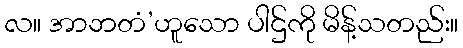
လ။ အာဘတံ’ဟူသော ပါဌ်ကို မိန့်သတည်း။